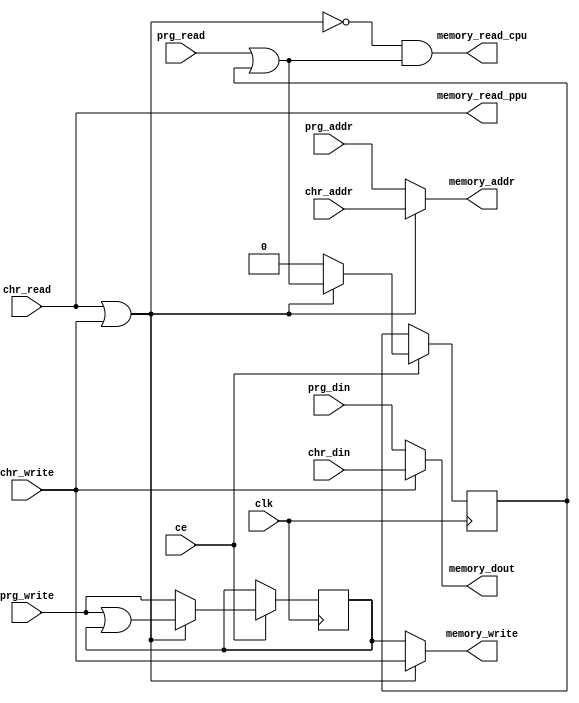
module MemoryMultiplex(input clk, input ce,
                       input [21:0] prg_addr, input prg_read, input prg_write, input [7:0] prg_din,
                       input [21:0] chr_addr, input chr_read, input chr_write, input [7:0] chr_din,
                       output [21:0] memory_addr,   
                       output memory_read_cpu,      
                       output memory_read_ppu,      
                       output memory_write,         
                       output [7:0] memory_dout);
  reg saved_prg_read, saved_prg_write;
  assign memory_addr = (chr_read || chr_write) ? chr_addr : prg_addr;
  assign memory_write = (chr_read || chr_write) ? chr_write : saved_prg_write;
  assign memory_read_ppu = chr_read;
  assign memory_read_cpu = !(chr_read || chr_write) && (prg_read || saved_prg_read);
  assign memory_dout = chr_write ? chr_din : prg_din;
  always @(posedge clk) if (ce) begin
    if (chr_read || chr_write) begin
      saved_prg_read <= prg_read || saved_prg_read;
      saved_prg_write <= prg_write || saved_prg_write;
    end else begin
      saved_prg_read <= 0;
      saved_prg_write <= prg_write;
    end
  end
endmodule